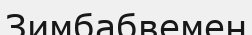
Зимбабвемен